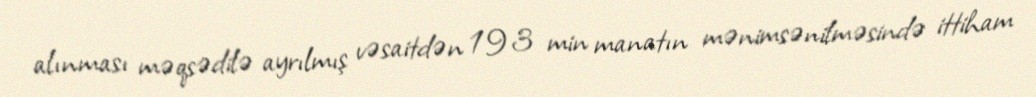
alınması məqsədilə ayrılmış vəsaitdən 193 min manatın mənimsənilməsində ittiham